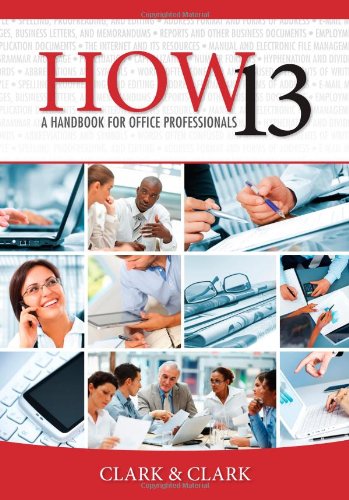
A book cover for HOW 13: A Handbook for Office Professionals (How (Handbook for Office Workers)); James L. Clark; Business & Money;